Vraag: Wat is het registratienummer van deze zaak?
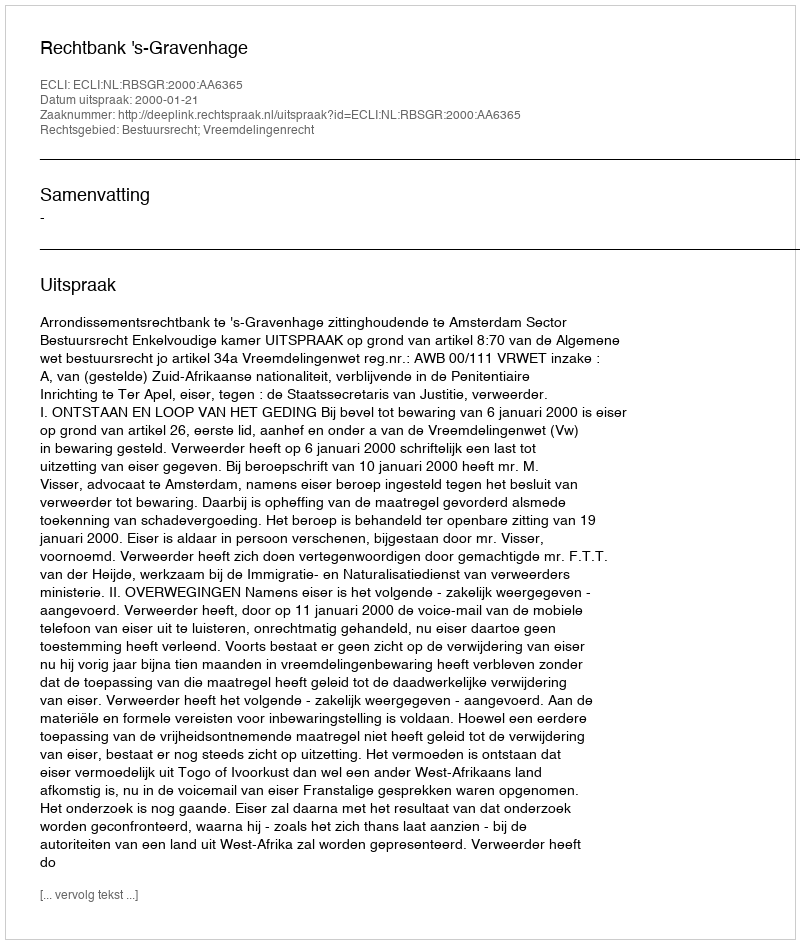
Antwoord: http://deeplink.rechtspraak.nl/uitspraak?id=ECLI:NL:RBSGR:2000:AA6365